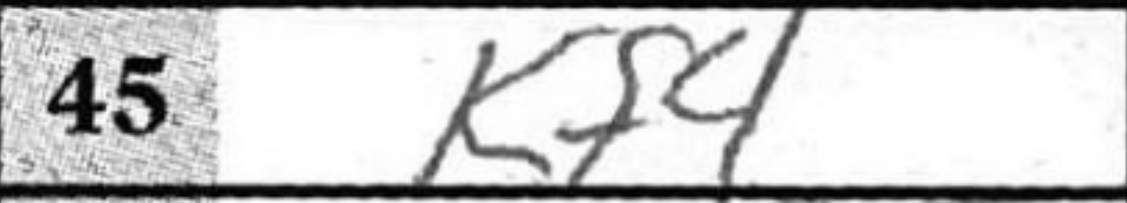
Transcription: Kf4